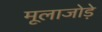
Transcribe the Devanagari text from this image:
मूलाजोड़े